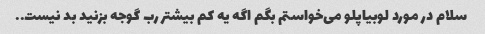
سلام در مورد لوبیاپلو می‌خواستم بگم اگه یه کم بیشتر رب گوجه بزنید بد نیست..